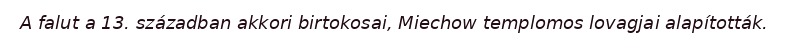
A falut a 13. században akkori birtokosai, Miechow templomos lovagjai alapították.